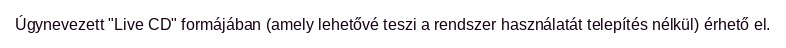
Úgynevezett "Live CD" formájában (amely lehetővé teszi a rendszer használatát telepítés nélkül) érhető el.